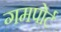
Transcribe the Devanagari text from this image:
गमपोर्ट